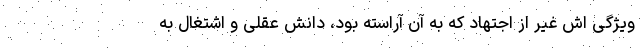
ویژگی اش غیر از اجتهاد که به آن آراسته بود، دانش عقلی و اشتغال به